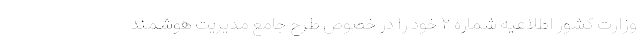
وزارت کشور اطلاعیه شماره ۲ خود را در خصوص طرح جامع مدیریت هوشمند